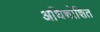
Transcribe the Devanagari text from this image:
अधिशोशित